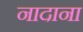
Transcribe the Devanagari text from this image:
नादाना